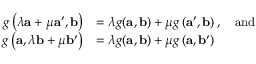
{ \begin{array} { r l } { g \left( \lambda \mathbf { a } + \mu \mathbf { a } ^ { \prime } , \mathbf { b } \right) } & { = \lambda g ( \mathbf { a } , \mathbf { b } ) + \mu g \left( \mathbf { a } ^ { \prime } , \mathbf { b } \right) , \quad { \mathrm { a n d } } } \\ { g \left( \mathbf { a } , \lambda \mathbf { b } + \mu \mathbf { b } ^ { \prime } \right) } & { = \lambda g ( \mathbf { a } , \mathbf { b } ) + \mu g \left( \mathbf { a } , \mathbf { b } ^ { \prime } \right) } \end{array} }